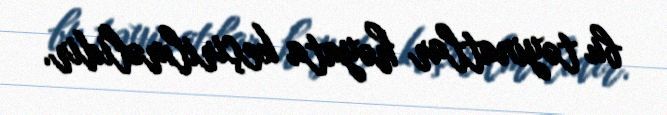
bu təyinatlar həyata keçirilməlidir.